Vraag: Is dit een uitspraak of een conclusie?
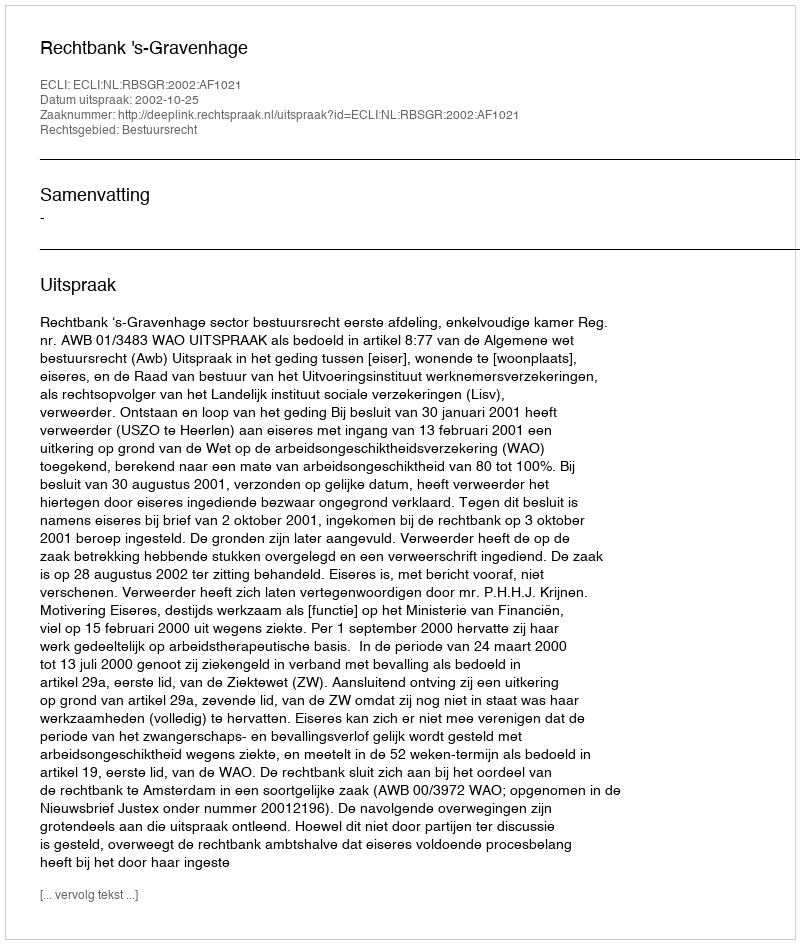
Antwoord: Uitspraak